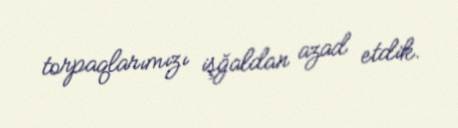
torpaqlarımızı işğaldan azad etdik.